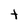
Character: t